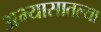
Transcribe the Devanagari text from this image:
अभ्यासातल्या